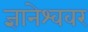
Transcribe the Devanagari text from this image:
ज्ञानेश्ववर